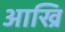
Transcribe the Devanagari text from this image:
आख्रि